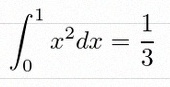
\int_0^1 x^2dx=\frac13